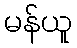
မန်ယူ